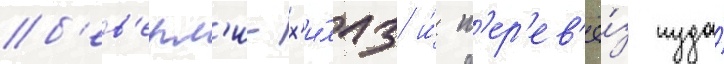
б'ев'ерл'и-х'и́ллз и́ п'ер'ев'ё́з туда́